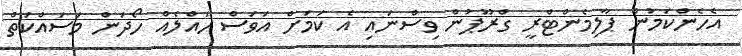
އެހެންކަމުން ޕާލިމެންޓްރީ ގްރޫޕުން ވިސްނައި އެ ކަމަށް އަވަސް ހައްލެއް ހޯދަން މަސައްކަތް